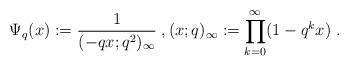
LaTeX: \begin{align*}\Psi_q(x):=\frac{1}{(-q x;q^2)_{\infty}} \;,(x;q)_{\infty}: = \prod_{k=0}^{\infty} (1-q^k x) \;.\end{align*}